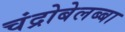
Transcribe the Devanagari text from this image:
चंद्रोबेलब्बा